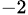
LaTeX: _{-2}